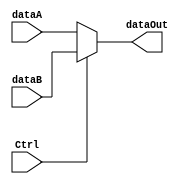
`timescale 1ns/1ns

module mux_2to1( dataA, dataB, Ctrl, dataOut );
// dataA = , dataB =  //

input dataA ;
input dataB ;
input Ctrl ;
output dataOut;

assign dataOut = (Ctrl) ? dataB : dataA ;

endmodule